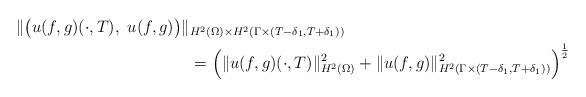
LaTeX: \begin{align*}\|\big(u(f,g)(\cdot,T),\ u(f,g)\big)\|&_{H^2(\Omega)\times{H^2(\Gamma\times(T-\delta_1,T+\delta_1))}}\\&=\left(\|u(f,g)(\cdot,T)\|_{H^2(\Omega)}^2+\|u(f,g)\|_{H^2(\Gamma\times(T-\delta_1,T+\delta_1))}^2\right)^{\frac{1}{2}}\end{align*}